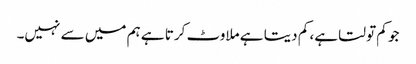
جو کم تولتا ہے، کم دیتا ہے ملاوٹ کرتا ہے ہم میں سے نہیں۔